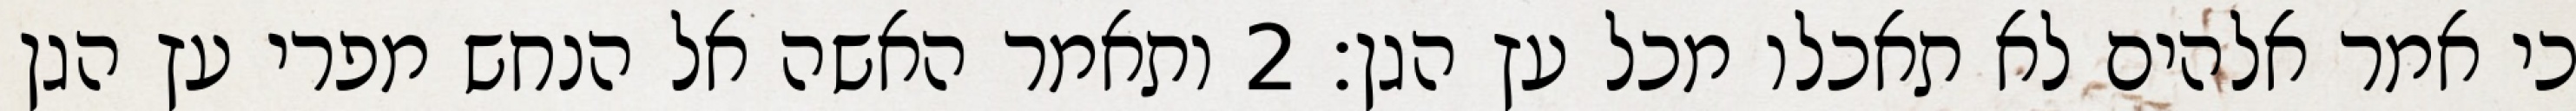
כי אמר אלהים לא תאכלו מכל עץ הגן׃ ‎2‏ ותאמר האשה אל הנחש מפרי עץ הגן